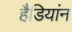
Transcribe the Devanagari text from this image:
हैडियांन